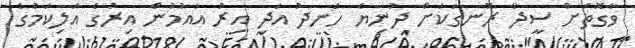
ވާގޮތަށް ސީދާ ރޮނގަކަށް ދުނިޔެ ހަނދު އަދި އިރު އައުމުން އިރުގެ އަލިކަމުގެ